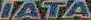
IATA